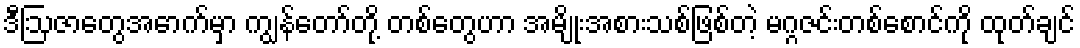
ဒီဩဇာတွေအောက်မှာ ကျွန်တော်တို့ တစ်တွေဟာ အမျိုးအစားသစ်ဖြစ်တဲ့ မဂ္ဂဇင်းတစ်စောင်ကို ထုတ်ချင်